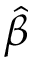
\hat { \beta }